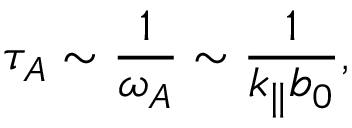
\tau _ { A } \sim \frac { 1 } { \omega _ { A } } \sim \frac { 1 } { k _ { \parallel } b _ { 0 } } ,